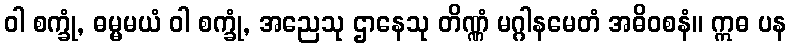
ဝါ စက္ခုံ, ဓမ္မမယံ ဝါ စက္ခုံ, အညေသု ဌာနေသု တိဏ္ဏံ မဂ္ဂါနမေတံ အဓိဝစနံ။ ဣဓ ပန